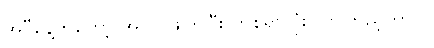
အဲဒီနေ့ကတော့ အလုပ်ဖျက်ပြီး တစ်ရွာလုံး လာကြည့်တာပဲ။